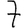
Digit: 7